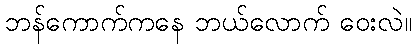
ဘန်ကောက်ကနေ ဘယ်လောက် ဝေးလဲ။